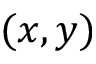
( x , y )